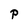
Character: P